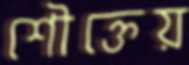
শৌক্তেয়